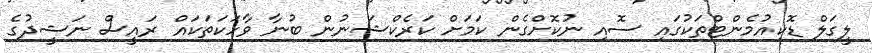
ލީގަލް ޑޮކިއުމެންޓްތަކުގައި ސޮއި ނުކޮށްގެން ކަމަށް ކަރެކްޝަނުން ބުނާ ވާހަކަތަކައް ރައީސް ނަޝީދުގެ